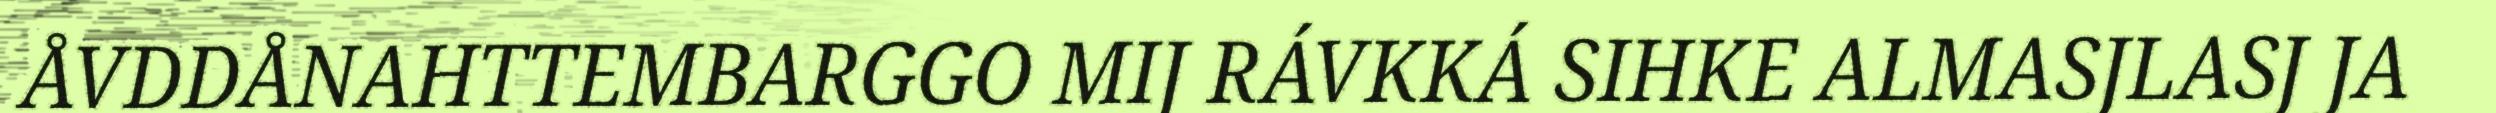
ÅVDDÅNAHTTEMBARGGO MIJ RÁVKKÁ SIHKE ALMASJLASJ JA